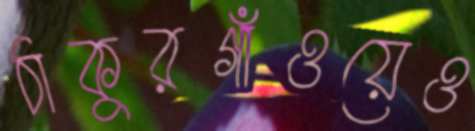
ঠাকুরগাঁওয়েও